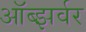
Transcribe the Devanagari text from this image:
ऑब्झर्वर